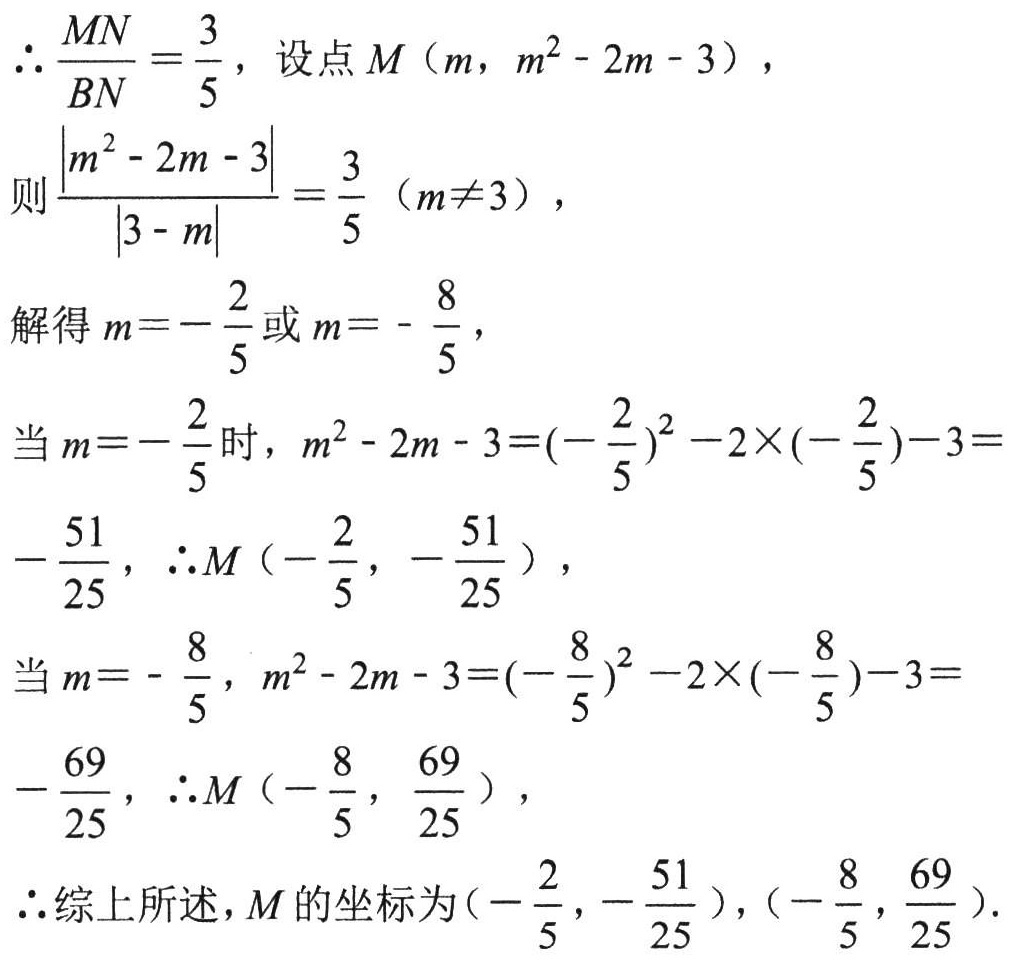
\(\therefore\frac{MN}{BN}=\frac{3}{5}\)，设点\(M\)（\(m\)，\(m^{2}-2m - 3\)），
则\(\frac{\vert m^{2}-2m - 3\vert}{\vert3 - m\vert}=\frac{3}{5}\)（\(m\neq3\)），
解得\(m = -\frac{2}{5}\)或\(m = -\frac{8}{5}\)，
当\(m = -\frac{2}{5}\)时，\(m^{2}-2m - 3 = (-\frac{2}{5})^{2}-2\times(-\frac{2}{5})-3 =
-\frac{51}{25}\)，\(\therefore M(-\frac{2}{5}, -\frac{51}{25})\)，
当\(m = -\frac{8}{5}\)，\(m^{2}-2m - 3 = (-\frac{8}{5})^{2}-2\times(-\frac{8}{5})-3 =
-\frac{69}{25}\)，\(\therefore M(-\frac{8}{5}, \frac{69}{25})\)，
\(\therefore\)综上所述，\(M\)的坐标为\((-\frac{2}{5}, -\frac{51}{25})\)，\((-\frac{8}{5}, \frac{69}{25})\).